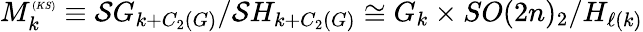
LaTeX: M_{k}^{\tiny(KS)}\equiv{\cal S}G_{k+C_{2}(G)}/{\cal S}H_{k+C_{2}(G)}\cong G_{k}\times SO(2n)_{2}/H_{\ell(k)}